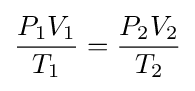
{\frac {P_{1}V_{1}}{T_{1}}}={\frac {P_{2}V_{2}}{T_{2}}}